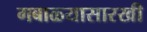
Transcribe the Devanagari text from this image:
गबाळ्यासारखी